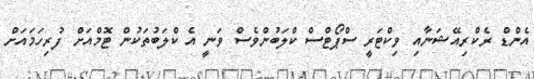
އެންޑް ރެކްރިއޭޝަނާއި ވިކްޓަރީ ސްޕޯޓްސް ކްލަބުންވެސް ވަނީ އެ ކްލަބުތަކުން ޓޮމްއަށް ފުރިހަމައަށް